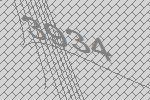
3934